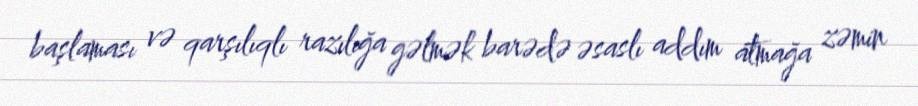
başlaması və qarşılıqlı razılığa gəlmək barədə əsaslı addım atmağa zəmin